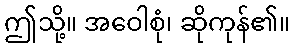
ဤသို့။ အဝေါစုံ၊ ဆိုကုန်၏။